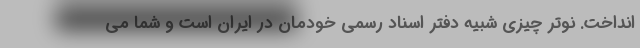
انداخت. نوتر چیزی شبیه دفتر اسناد رسمی خودمان در ایران است و شما می